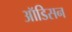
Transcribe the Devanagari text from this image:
ऑडिसन